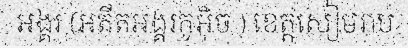
អង្គរ (អតីតអង្គរកូអ៊ិច ) ខេត្តសៀមរាប